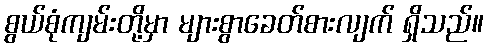
စွယ်စုံကျမ်းတို့မှာ များစွာခေတ်စားလျက် ရှိသည်။